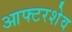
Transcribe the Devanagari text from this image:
आफ्टरशेव